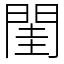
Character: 閨